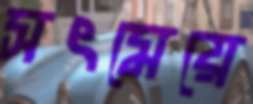
সৎমেয়ে